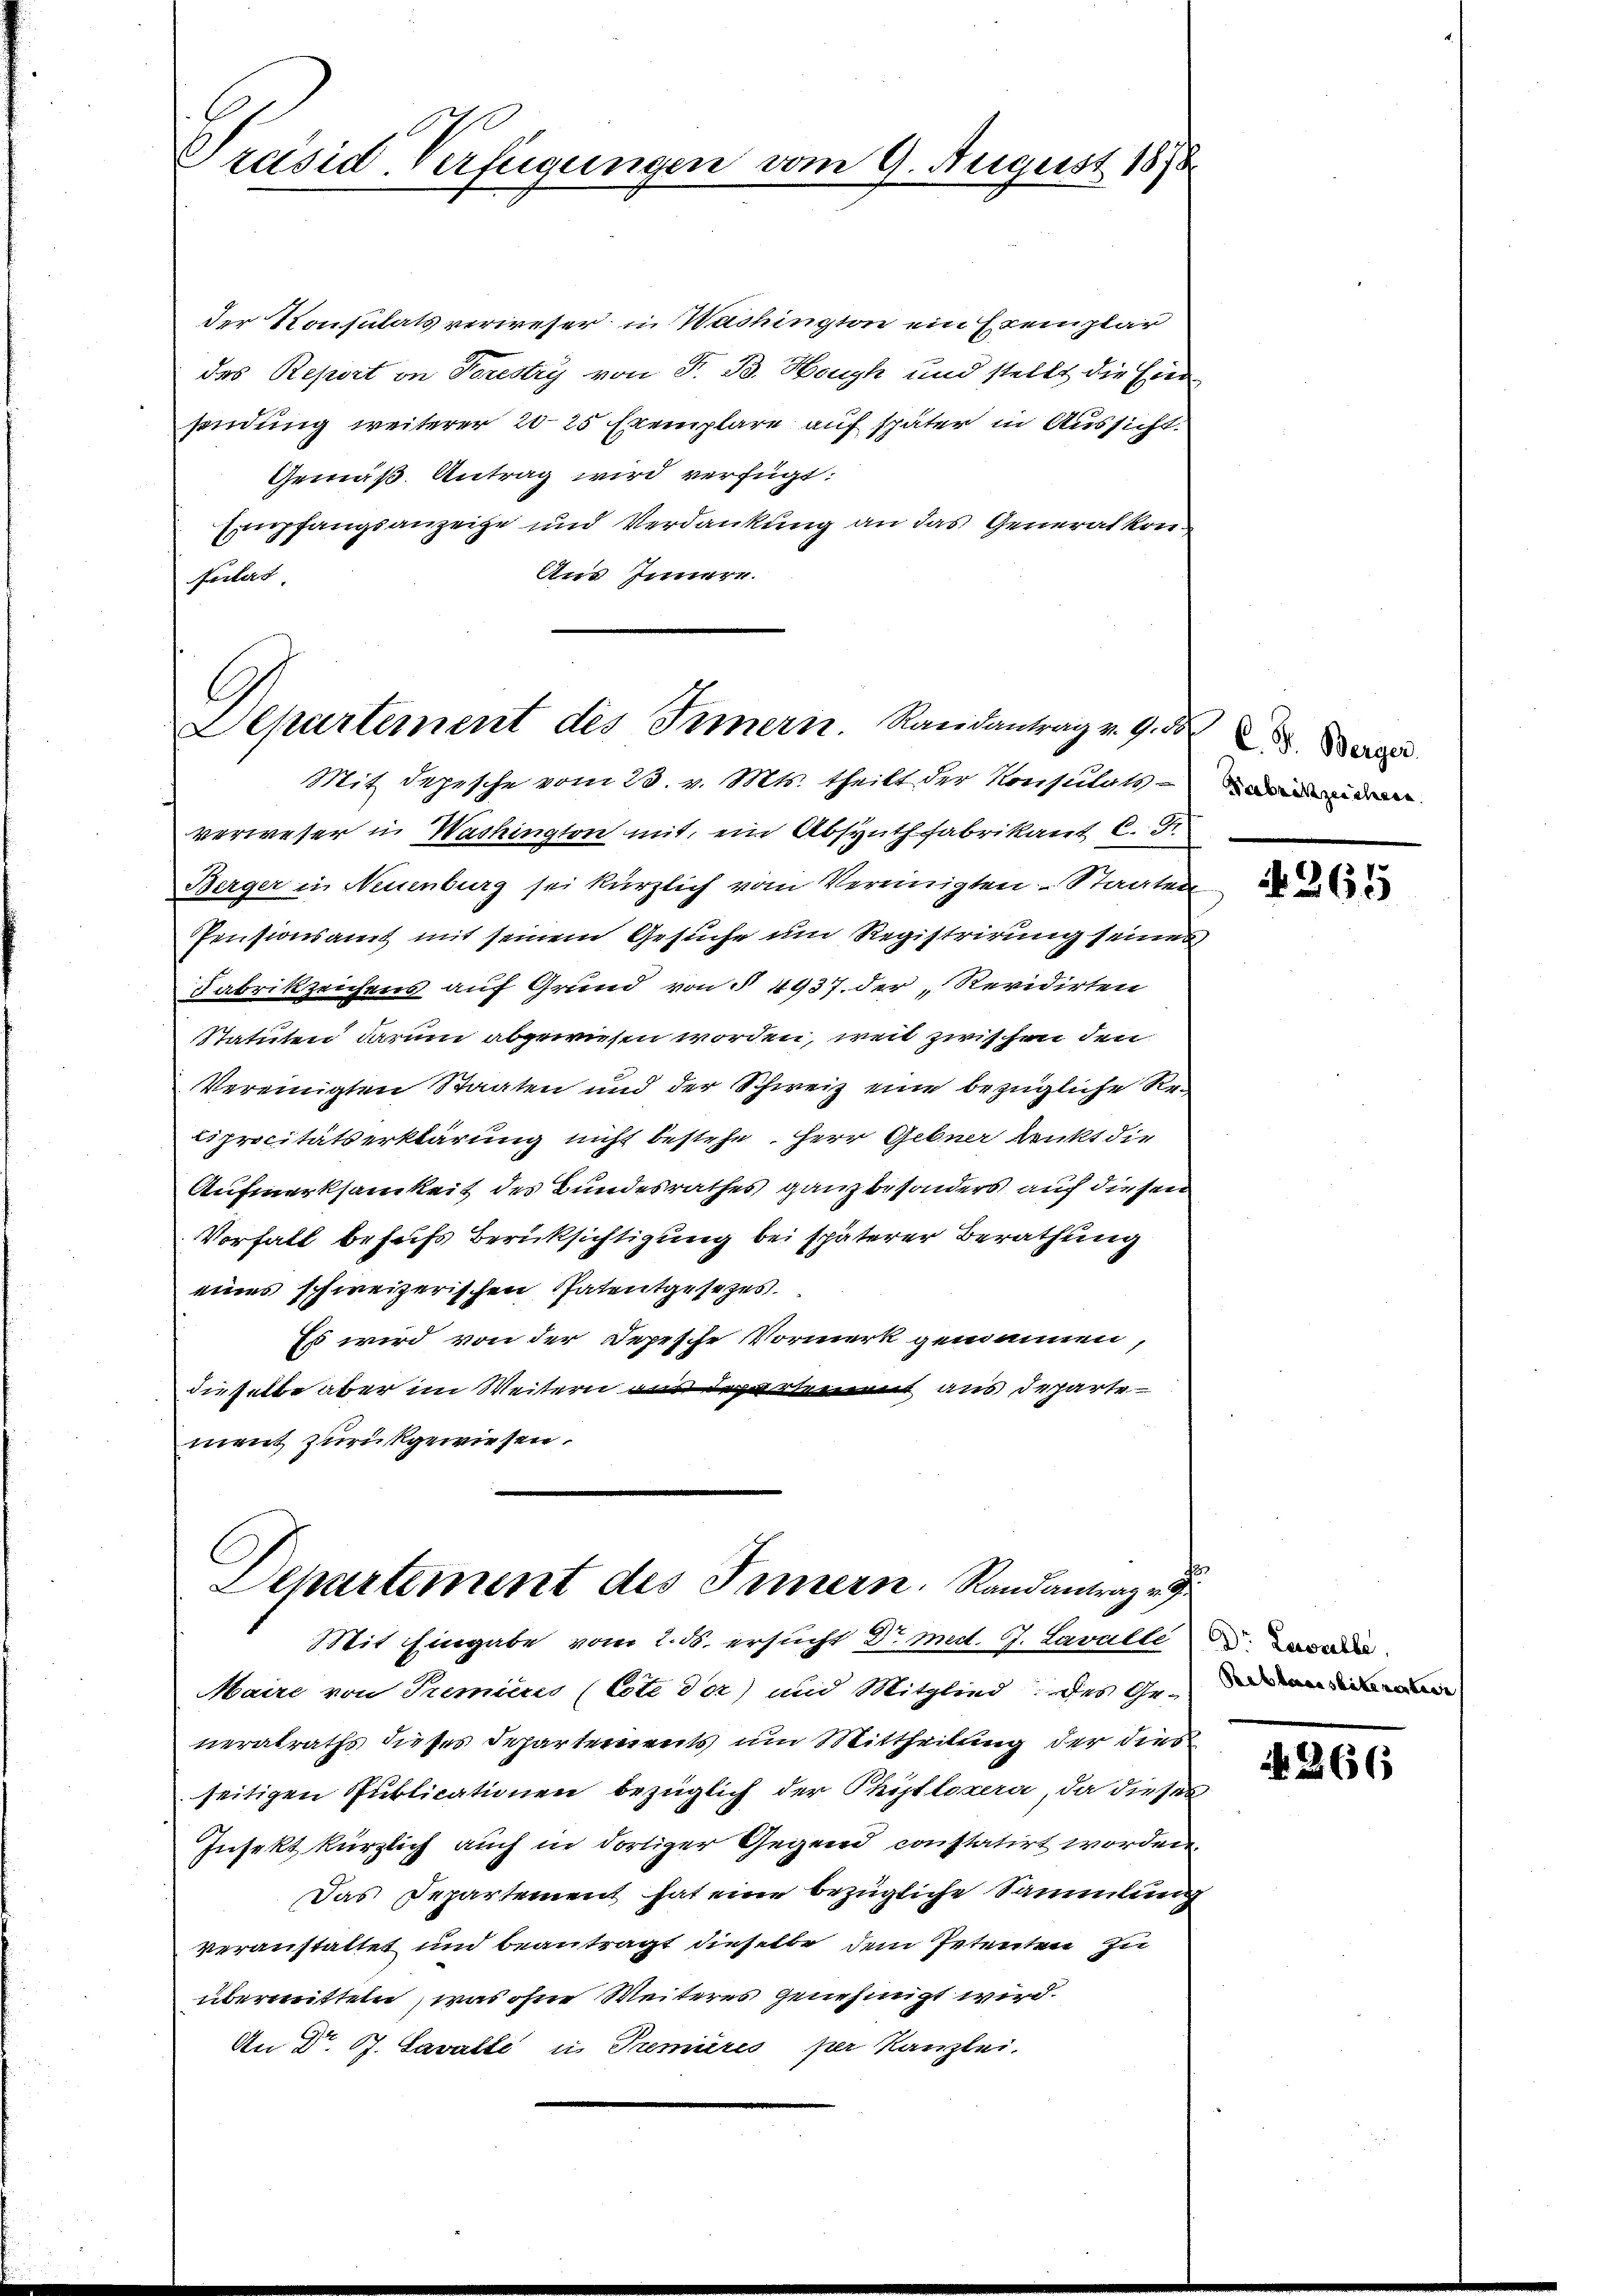
Präsid. Verfügungen vom 9. August 1890

der Konsulats verweser in Washington ein Exemplar
des Report in Forestry von F. B. Hoch und stellt die Einr
sendung weiterer 2025 Exemplare auf später in Aussicht.
Gemäß Antrag wird verfügt:
Empfangsanzeige und Verdankung an das Generalkoni¬
Aus Innere.
Autert

C
Lepartement des Innern. Randantrag v. 9.
Mit depesche vom 23. v. Mts. theilt der Konsulats anden

Mit Eingabe vom 2. ds. ersucht Dr med. 7. Lavalle de

verweser in Washington mit, ein Absynthfabrikant 6. d.
Herger in Neuenburg sei kürzlich vom Vereinigten Staaten
Pensionsamt mit seinem Gesuche um Registrirung seines
Fabrikzeichens auf Grund von § 4937. der Revidirten
Statuten darum abgewiesen worden, weil zwischen den
Vereinigten Staaten und der Schweiz eine bezügliche Reiprocitätserklärung nicht bestehe. Herr Gebner dankt die
Aufmerksamkeit des Bundesrathes ganz besonders auf diesen
Vorfall behufs Berücksichtigung bei späterer Berathung
eines schweizerischen Patentgesetzes.
Es wird von der Depesche Vormerk gemannen,
dieselbe aber im Weitern aus derartement aus Drhärte
ment zurückgewiesen.
Departement des Innern. Randantrag v.

Maire von Premières (Cote der) und Mitglied des Generalraths dieses Departements um Mittheilung der dies
seitigen Publicationen bezüglich der Phiplexera, da dieses
Insekt kürzlich auch in dortiger Gegend constatirt worden.
Das Departement hat eine bezügliche Sammlung
veranstattet und beantragt dieselbe dem Petenten zu
übermitteln, was ohne Weiteres genehmigt wird.
An Dr. P. Savalle in Premières per Kanzlei.

8
C. J. Berger,

4265

Rebberausbübereitere

266